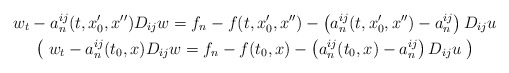
\begin{gather*}w_t-a_n^{ij}(t, x_0',x'')D_{ij}w=f_n-f(t, x_0',x'')-\left(a_n^{ij}(t, x_0',x'')-a_n^{ij}\right)D_{ij}u \\\bigl(\; w_t-a_n^{ij}(t_0, x)D_{ij}w=f_n-f(t_0, x)-\left(a_n^{ij}(t_0, x)-a_n^{ij}\right)D_{ij}u \; \bigr)\end{gather*}